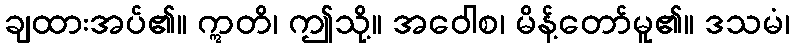
ချထားအပ်၏။ ဣတိ၊ ဤသို့။ အဝေါစ၊ မိန့်တော်မူ၏။ ဒသမံ၊